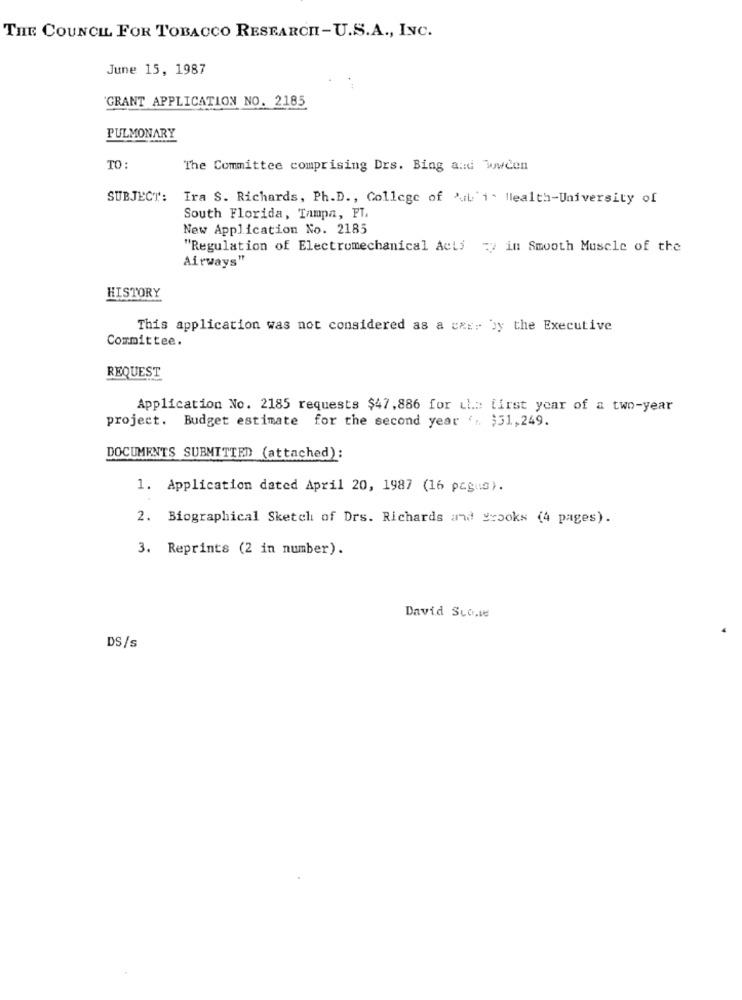
THE COUNCIL FOR TOBACCO RESEARCH-U.S.A ., INC.
June 15, 1987
GRANT APPLICATION NO. 2185
PULMONARY
TO :
The Committee comprising Drs. Bing and wween
SUBJECT:
Ira S. Richards, Ph.D ., College of 'uL'i. Health-University of
South Florida, Tampa, FT.
New Application No. 2185
"Regulation of Electromechanical Acls =" in Smooth Muscle of the
Airways"
HISTORY
This application was not considered as a cxx: by the Executive
Committee.
REQUEST
Application No. 2185 requests $47,886 for the first year of a two-year
project. Budget estimate for the second year ' .. $51,249.
DOCUMENTS SUBMITTED (attached):
1. Application dated April 20, 1987 (16 pagus).
2. Biographical Sketch of Drs. Richards and yrooks (4 pages).
3. Reprints (2 in number).
David Suo.ie
DS/s